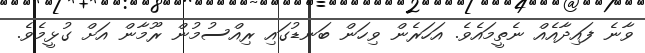
ވާނެ ފައިދާއެއް ނެތީމައެވެ. އަހަރެން ވިހަން ބަނޑުގައި ރިއްސުމުން ރޫމާން އަށް ގުޅީމެވެ.